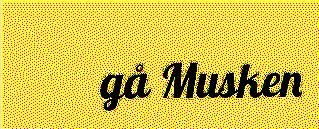
gå Musken